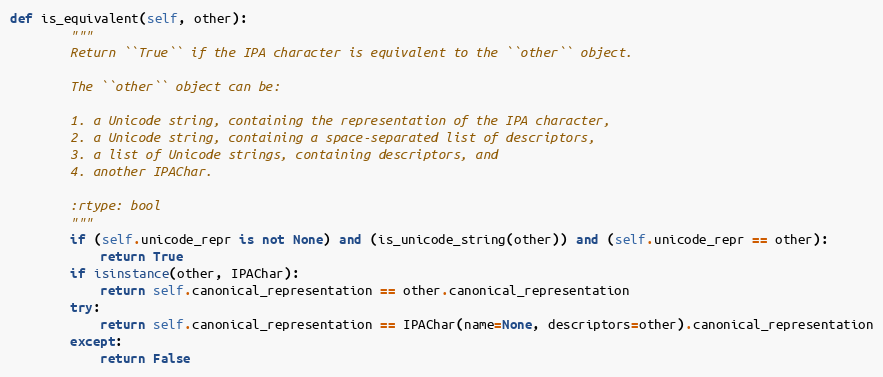
Language: Python
def is_equivalent(self, other):
        """
        Return ``True`` if the IPA character is equivalent to the ``other`` object.

        The ``other`` object can be:

        1. a Unicode string, containing the representation of the IPA character,
        2. a Unicode string, containing a space-separated list of descriptors,
        3. a list of Unicode strings, containing descriptors, and
        4. another IPAChar.

        :rtype: bool
        """
        if (self.unicode_repr is not None) and (is_unicode_string(other)) and (self.unicode_repr == other):
            return True
        if isinstance(other, IPAChar):
            return self.canonical_representation == other.canonical_representation
        try:
            return self.canonical_representation == IPAChar(name=None, descriptors=other).canonical_representation
        except:
            return False